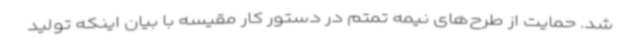
شد. حمایت از طرح‌های نیمه تمتم در دستور کار مقیسه با بیان اینکه تولید